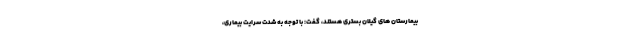
بیمارستان های گیلان بستری هستند، گفت: با توجه به شدت سرایت بیماری،